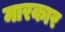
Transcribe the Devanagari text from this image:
मारकार